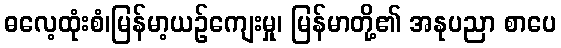
ဓလေ့ထုံးစံ၊မြန်မာ့ယဉ်ကျေးမှု၊ မြန်မာတို့၏ အနုပညာ စာပေ